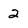
Character: 2